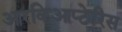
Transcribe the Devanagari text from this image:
आरकिआप्टेरिस